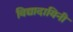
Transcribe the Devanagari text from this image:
विद्यादायिनी